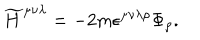
LaTeX: { \widetilde H } ^ { \mu \nu \lambda } = - 2 m \epsilon ^ { \mu \nu \lambda \rho } \Phi _ { \rho } .